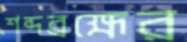
শব্দব্রহ্মের